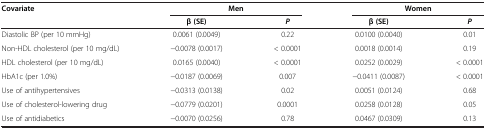
<table><thead><tr><td><b>Covariate</b></td><td colspan="2"><b>Men</b></td><td colspan="2"><b>Women</b></td></tr><tr><td><b> </b></td><td><b>β (SE)</b></td><td><b><i>P</i></b></td><td><b>β (SE)</b></td><td><b><i>P</i></b></td></tr></thead><tbody><tr><td>Diastolic BP (per 10 mmHg)</td><td>0.0061 (0.0049)</td><td>0.22</td><td>0.0100 (0.0040)</td><td>0.01</td></tr><tr><td>Non-HDL cholesterol (per 10 mg/dL)</td><td>−0.0078 (0.0017)</td><td>&lt; 0.0001</td><td>0.0018 (0.0014)</td><td>0.19</td></tr><tr><td>HDL cholesterol (per 10 mg/dL)</td><td>0.0165 (0.0040)</td><td>&lt; 0.0001</td><td>0.0252 (0.0029)</td><td>&lt; 0.0001</td></tr><tr><td>HbA1c (per 1.0%)</td><td>−0.0187 (0.0069)</td><td>0.007</td><td>−0.0411 (0.0087)</td><td>&lt; 0.0001</td></tr><tr><td>Use of antihypertensives</td><td>−0.0313 (0.0138)</td><td>0.02</td><td>0.0051 (0.0124)</td><td>0.68</td></tr><tr><td>Use of cholesterol-lowering drug</td><td>−0.0779 (0.0201)</td><td>0.0001</td><td>0.0258 (0.0128)</td><td>0.05</td></tr><tr><td>Use of antidiabetics</td><td>−0.0070 (0.0256)</td><td>0.78</td><td>0.0467 (0.0309)</td><td>0.13</td></tr></tbody></table>